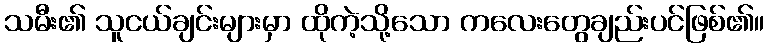
သမီး၏ သူငယ်ချင်းများမှာ ထိုကဲ့သို့သော ကလေးတွေချည်းပင်ဖြစ်၏။